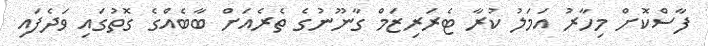
ފާސްކޮށް މިހާރު އަމަލު ކުރާ ޓެރަރިޒަމް ގާނޫނުގެ ތެރެއަށް ބާބެއްގެ ގޮތުގައި ވަދެފައި